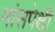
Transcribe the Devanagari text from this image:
मांसपेक्षी